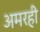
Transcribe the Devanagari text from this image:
अमरही